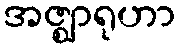
အဇ္ဈာရုဟာ